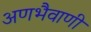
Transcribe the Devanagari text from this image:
अणभैवाणी